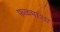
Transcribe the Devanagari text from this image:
फळमाशा